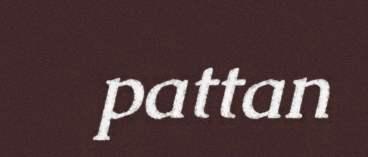
pattan